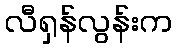
လီရှန်လွန်းက